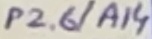
Text: P2.6/A14